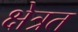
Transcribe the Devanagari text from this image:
क्षेत्रत